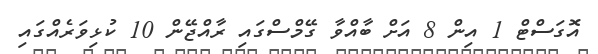
އޮގަސްޓް 1 އިން 8 އަށް ބާއްވާ ގޭމްސްގައި ރާއްޖޭން 10 ކުޅިވަރެއްގައި